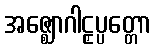
အဇ္ဈောဂါဠှပ္ပတ္တော